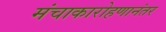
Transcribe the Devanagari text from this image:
मंचाकारोहणानंतर